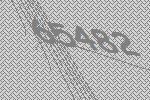
65482